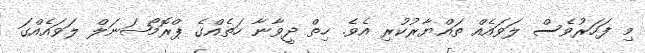
މި ފަހަރުވެސް ލަވައެއް ތައްޔާރުކުރި އެވެ. ހިތް ދީވާނާ ހަތެއްގެ ޕްރޮމޯޝަނަލް ލަވައެއްގަ